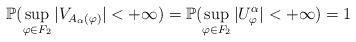
\begin{align*}\mathbb{P}(\sup_{\varphi\in F_2}|V_{A_{\alpha}(\varphi)}| < + \infty) = \mathbb{P}(\sup_{\varphi\in F_2}|U_{\varphi}^{\alpha}| < + \infty) = 1\end{align*}